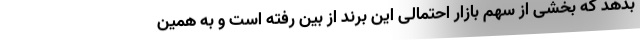
بدهد که بخشی از سهم بازار احتمالی این برند از بین رفته است و به همین